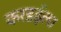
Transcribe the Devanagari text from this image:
करडईला